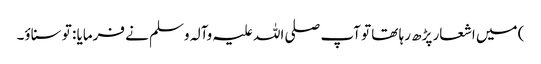
) میں اشعار پڑھ رہا تھا تو آپ صلی اللہ علیہ وآلہ وسلم نے فرمایا : تو سناؤ۔